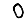
Digit: 0